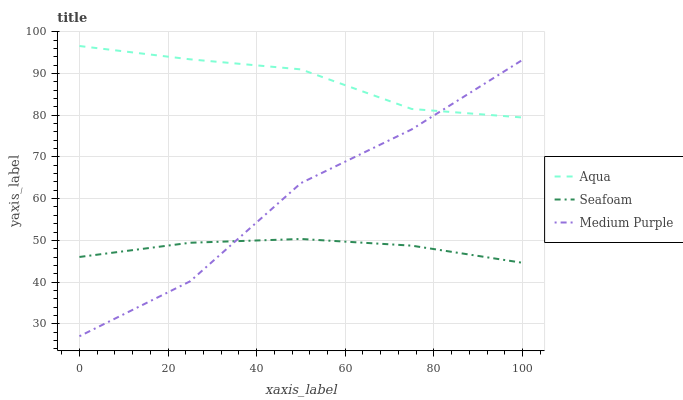
| xaxis_label | Aqua | Seafoam | Medium Purple |
 | --- | --- | --- | --- |
 | 0 | 96.6 | 46 | 27 |
 | 25 | 93.4 | 49.4 | 40.2 |
 | 50 | 91 | 50.3 | 63.7 |
 | 75 | 81.5 | 48.7 | 76.6 |
 | 100 | 79.5 | 44.6 | 93.2 |